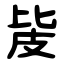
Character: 㿫